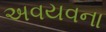
અવયવના